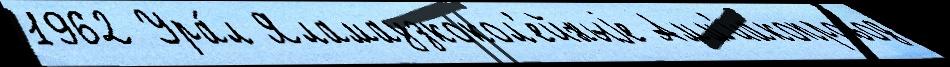
1962 Ура́л Яламаузкокол'ейныjе Амм'иакопровод